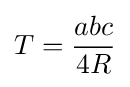
T={\frac {abc}{4R}}